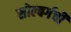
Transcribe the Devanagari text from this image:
सोल्बर्गची